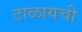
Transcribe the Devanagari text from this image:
टाळायची